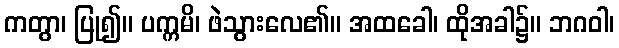
ကတွာ၊ ပြု၍။ ပက္ကမိ၊ ဖဲသွားလေ၏။ အထခေါ၊ ထိုအခါ၌။ ဘဂဝါ၊